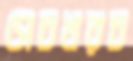
সেচখরচ